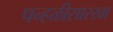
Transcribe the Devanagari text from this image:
पन्हळीसारखा